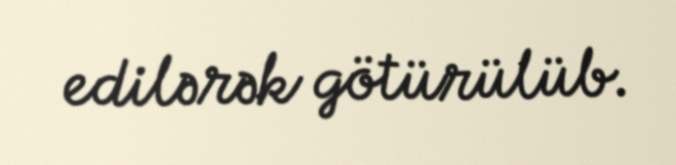
edilərək götürülüb.